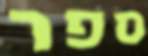
ספר